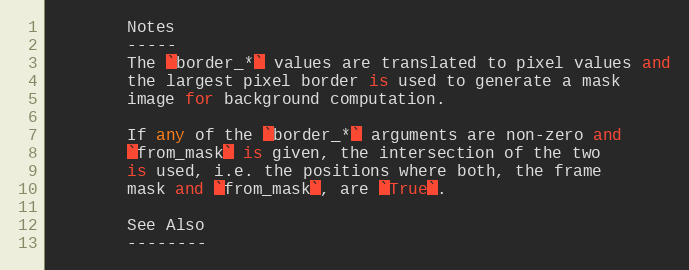
Language: Python
        Notes
        -----
        The `border_*` values are translated to pixel values and
        the largest pixel border is used to generate a mask
        image for background computation.

        If any of the `border_*` arguments are non-zero and
        `from_mask` is given, the intersection of the two
        is used, i.e. the positions where both, the frame
        mask and `from_mask`, are `True`.

        See Also
        --------